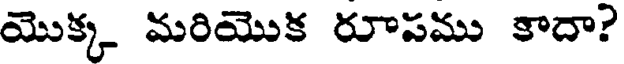
యొక్క మరియొక రూపము కాదా?